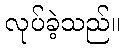
လုပ်ခဲ့သည်။